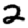
Digit: 2